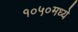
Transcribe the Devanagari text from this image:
१०५०मध्ये